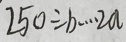
2 5 0 \div b \cdots 2 a